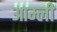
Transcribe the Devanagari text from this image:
आम्ली